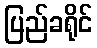
ပြည်ခရိုင်